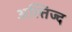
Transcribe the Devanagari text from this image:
अल्तिज्द